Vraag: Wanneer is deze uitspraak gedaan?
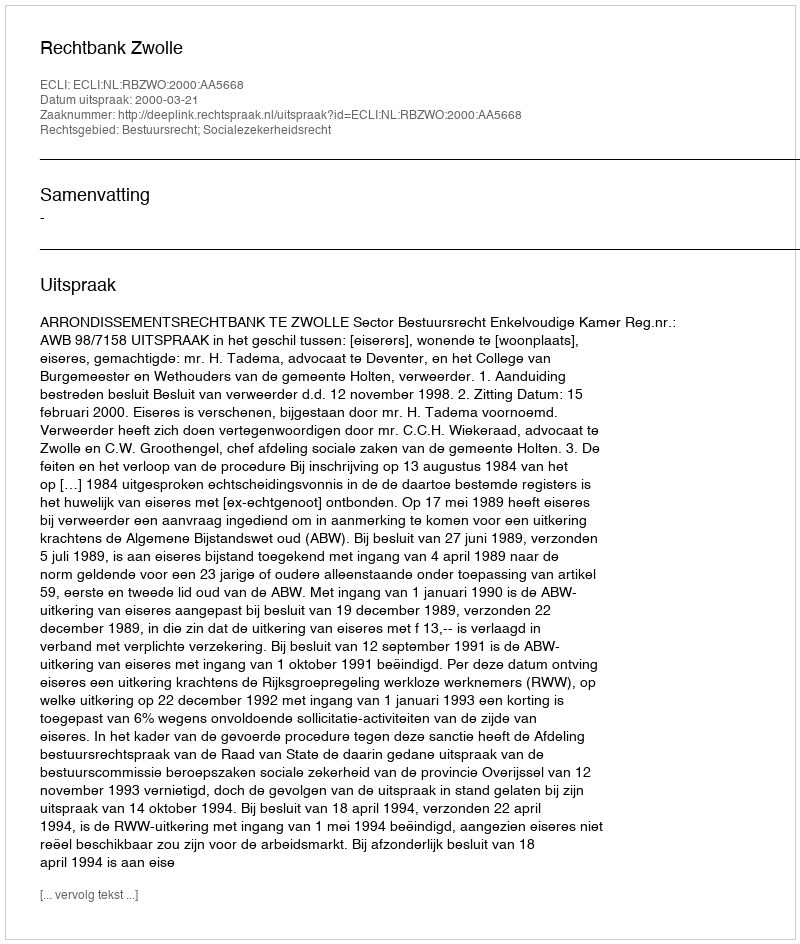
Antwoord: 2000-03-21